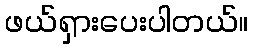
ဖယ်ရှားပေးပါတယ်။